Report of the King Institute of Preventive Medicine, Guindy
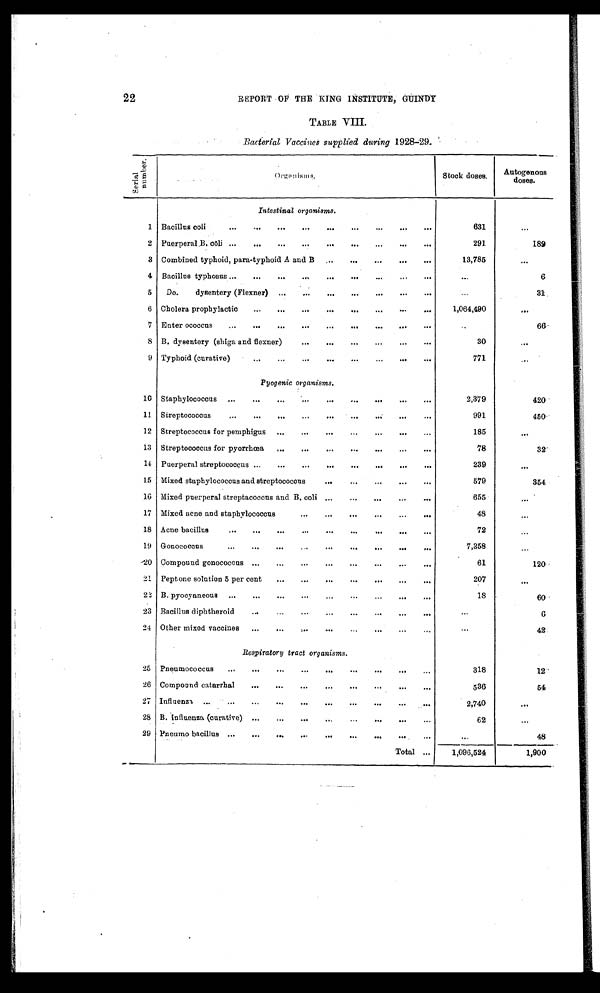
22
REPORT OF THE KING INSTITUTE, GUINDY
TABLE VIII.
•
Bacterial Vaccines supplied during 1928—29.
S e r i a l n u m b e r .
Organisms.
Stock doses.
Autogenous
doses.
Intestinal organisms.
1 Bacillus coli
..
...
...
...
...
...
...
...
...
631
...
2 Puerperal B. cōli ...
....
. .. ... ... ....
.. . ...
291.
189
3 Combined typhoid, para-typhoid A and B
...
...
...
....
...
13,785
...
4 Bacillus typhosus ...
...
...
....
...
...
...
...
...
...
6
5
Do.
dysentery (Flexner) ...
...
.... ...
...
.
.
.
31
6 Cholera prophylactic
...
...
...
...
...
...
.
...
1,064,490
. . .
7 Enter ococcus
...
...
...
...
...
..... ...
...
..
66
8 B. dysentery (shiga and flexner)
.
...
...
...
...
30
. . .
9 Typhoid (curative)
...
...
...
...
...
...
...
...
771
...
P y og enic organisms.
10 Staphylococcus ...
...
...
...
...
2,379
420
11. Streptococcus
...
....
...
....
...
...
... ... ...
991
450
12 Streptococcus for pemphigus
...
...
... . . . . .. .... .
185
. . .
13 Streptococcus for pyorrhœa
...
...
...
...
..
...
...
78
32
14 Puerperal streptococcus ...
...
...
...
.
...
...
...
239
. . .
1.5 Mixed staphylococcus and streptococcus
...
...
...
...
579
354
16 Mixed puerperal streptacoccus and B. coli ...
...
...
...
..
655
...
17 Mixed acne and staphylococcus
...
...
. ... .. ... ..
48
...
18 Acne bacillus
...
...
...
...
...
...
...
...
72
...
19 Gonococcus
...
...
... ..
...
...
7,358
...
20 Compound gonococcus ...
...
...
...
...
...
...
61
120
21 Peptone solution 5 per cent
...
...
...
...
...
...
207
. . .
22 B. pyocyaneous
...
...
...
...
...
...
...
...
18 .
60
23 Bacillus diphtheroid
...
...
...
...
...
......
...
6
24
....
Other mixed vaccines
...
...
...
...
...
...
. . .
42
Respiratory tract organisms.
25 Pneumococcus
...
...
. .. ... ... ... ... ... ...
318
12
26 Compound catarrhal
...
...
...
...
...
...
...
...
536
54
27 Influenza ...
...
...
...
...
...
...
2,740
. . .
28 B. influenza (curative) ...
...
...
...
...
...
...
...
62
...
29 Pneumo bacillus ...
...
... ...
.. . ....
...
48
Total ...
1,096,524
1,900